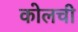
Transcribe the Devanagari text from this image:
कोलची